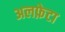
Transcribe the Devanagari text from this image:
अलफ़ेटा